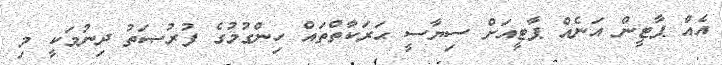
އެއް ޕާޓީން އަނެއް ޕާޓީއަށް ސިޔާސީ ޙަރަކާތްތައް ހިންގުމުގެ ފުރުޞަތު ދިނުމަކީ މި